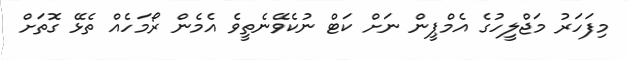
މިފަހަރު މަޖްލީހުގެ އެމްޕީން ނަށް ކަޓް ނުކެެވޭނެތީވެ އެމެން ރޯމަހެއް ތެޅޭ ގޮތަށް